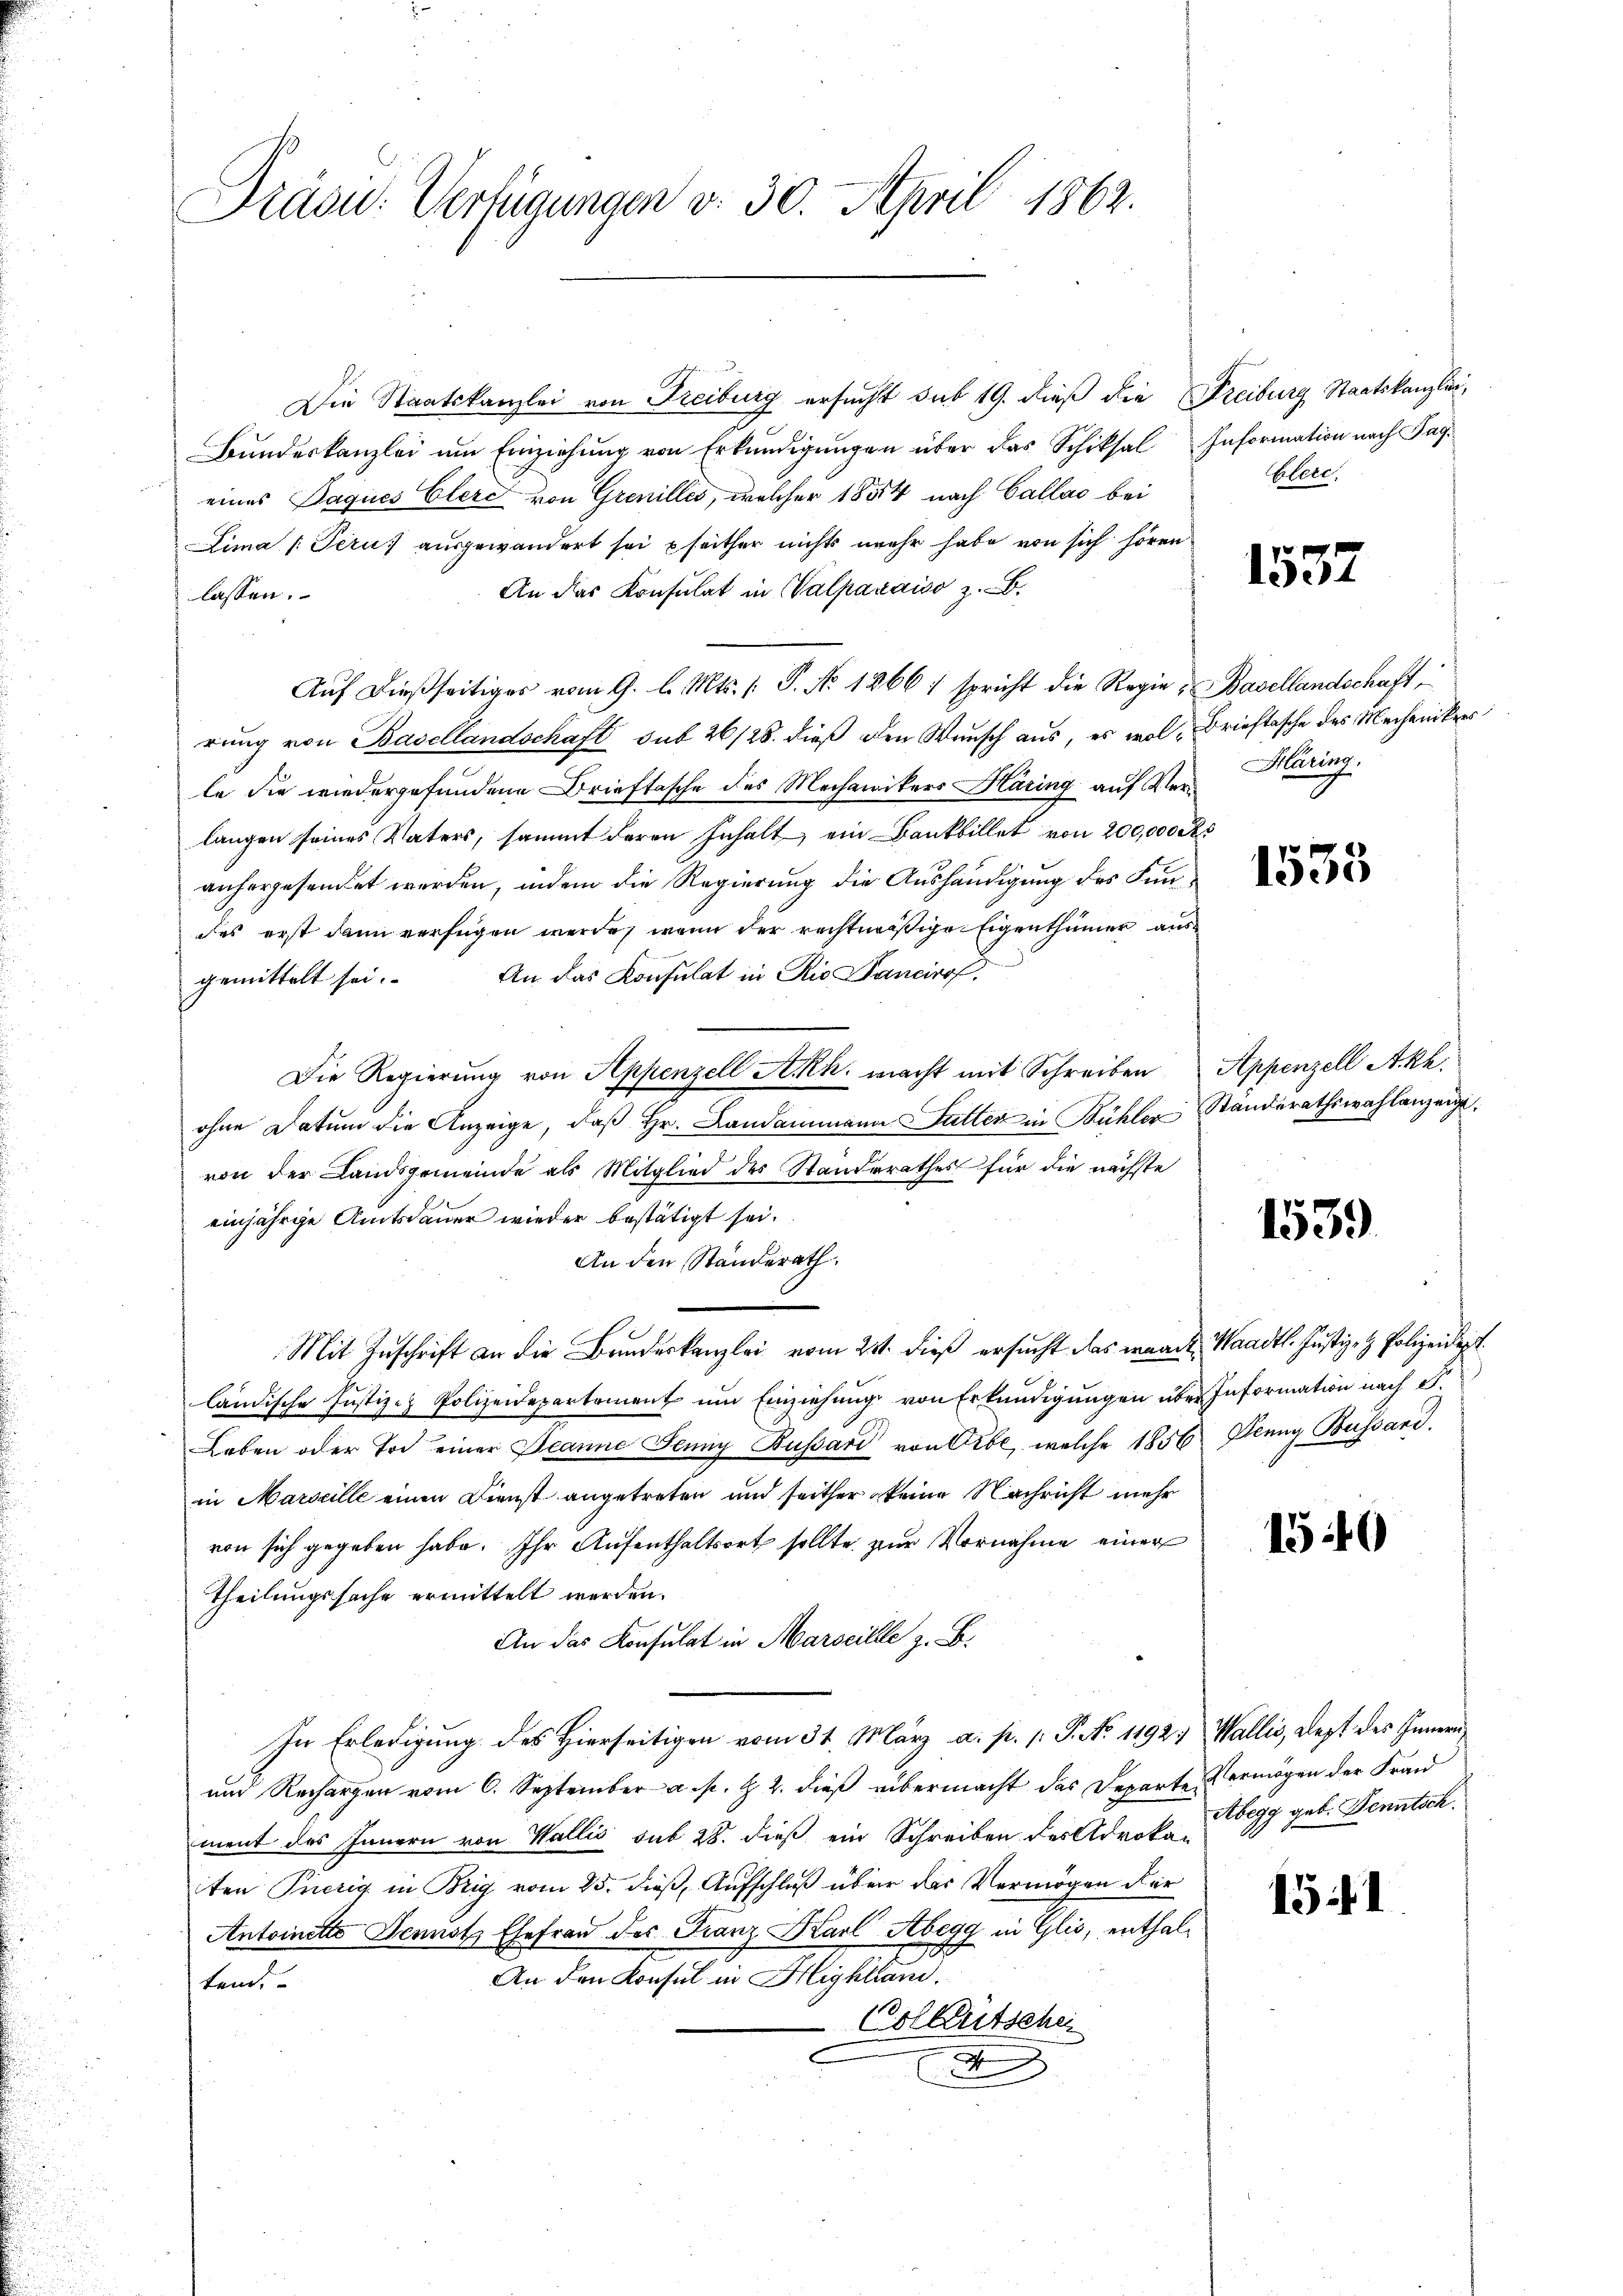
Prasi: Verfügungen v. 30. April 1862.

Die Staatskanzlei von Freiburg ersucht sub 19. dieß die Freiburg Staatskanzlei,
Bundeskanzlei um Einziehung von Erkundigungen über das Schiksal Information nach Tageines Paques Elere von Grenilles, welcher 1854 nach Callas bei
Lima /: Perus ausgewandert sei pfeither nichts mehr habe von sich hören
An das Konsulat in Walparaiso z. B.
lassen.
Auf dießseitiges vom 9. l. Mts. /: P. No 1266) spricht die Regie, Basellandschaft
rung von Basellandschaft sub 26/28. dieß den Wunsch aus, es wol Brieftasche des Mechanikerse
le die wiedergefundene Brieftasche des Mechanikers Häring auf Ver-Bläring.
langen seines Vaters, sammt deren Inhalt, ein Bankbillet von 200,000 Rs
anhergesendet werden, indem die Regierung die Aushändigung des Fundes erst dann verfügen werde, wenn der rechtmäßige Eigenthümer aus
gemittelt sei. An das Konsulat in Rio Bancirof.
Die Regierung von Appenzell A.Rh. macht mit Schreiben Appenzell Akh.
ohne Datum die Anzeige, daβ hr. Landammann Futter in Bühler Standerathswahlanzeige.
von der Landsgemeinde als Mitglied des Standerathes für die nächste
einjährige Amtsdauer wieder bestätigt sei.
An den Ständerath.
Mit Zuschrift an die Bundeskanzlei vom 21. dieß ersucht das waadt, Waadt. Justiz- & Polizeidept.
ländische Justiz- & Polizeidepartement um Einziehung von Erkundigungen über Information nach S.
Leben oder Tod einer Beanne Jenny Bussard von Pibe, welche 1856. Jenny Bussard.
in Marseille einen Dienst angetreten und seither keine Nachricht mehr
von sich gegeben habe. Ihr Aufenthaltsort sollte zur Vornahme einer
Theilungssache ermittelt werden.
An das Konsulat in Marseille z. B.
In Erledigung des Hierseitigen vom 31. März a. p. /: P. No 1192, Wallis, Lezt des Innern,
und Rechargen vom 6. September a. p. & 2. dieß übermacht das Departe Vermögen der Fran
ment des Innern von Wallis sub 28. dieß ein Schreiben des Advoka 699 geb. Kenntsch
iten Pierig in Brig vom 25. dieß, Aufschluß über das Vermögen der
Antoinette Dennotz Ehefrau des Franz Karl Abegg in Glis, enthal¬
An den Konsul in Highland.
tend.
Volkentschei
.
d

Cellen.

1537

1533

1539

1540

1541